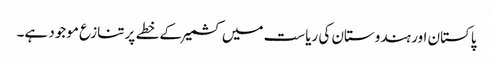
پاکستان اور ہندوستان کی ریاست میں کشمیر کے خطے پر تنازع موجود ہے۔